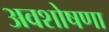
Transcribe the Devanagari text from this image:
अवशोषणा